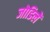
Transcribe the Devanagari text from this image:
जोडिलें